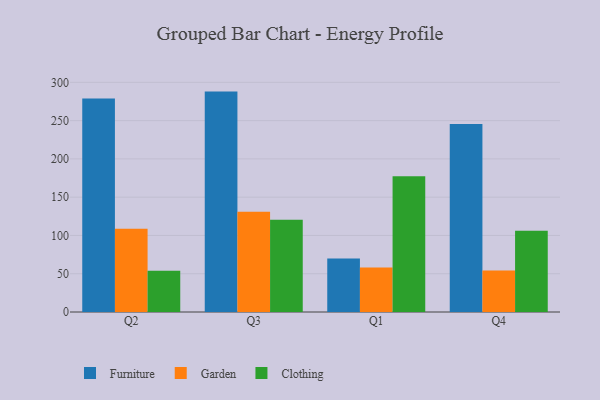
{"axis": {"x": "Quarter", "y": "Waste Production (Tons)"}, "legend": ["Clothing", "Furniture", "Garden"], "data": [{"x": "Q2", "y": 279.0, "type": "Furniture"}, {"x": "Q2", "y": 108.6, "type": "Garden"}, {"x": "Q2", "y": 53.8, "type": "Clothing"}, {"x": "Q3", "y": 287.9, "type": "Furniture"}, {"x": "Q3", "y": 130.9, "type": "Garden"}, {"x": "Q3", "y": 120.5, "type": "Clothing"}, {"x": "Q1", "y": 69.8, "type": "Furniture"}, {"x": "Q1", "y": 58.2, "type": "Garden"}, {"x": "Q1", "y": 177.2, "type": "Clothing"}, {"x": "Q4", "y": 245.5, "type": "Furniture"}, {"x": "Q4", "y": 54.2, "type": "Garden"}, {"x": "Q4", "y": 106.1, "type": "Clothing"}]}